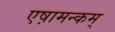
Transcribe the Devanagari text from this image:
एष़ामन्कम्